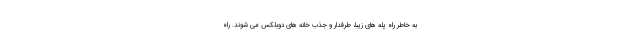
به خاطر راه پله های زیبا، طرفدار و جذب خانه های دوبلکس می شوند. راه